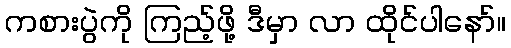
ကစားပွဲကို ကြည့်ဖို့ ဒီမှာ လာ ထိုင်ပါနော်။